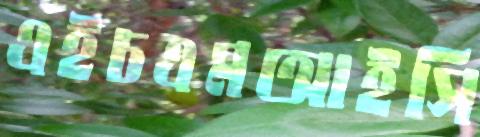
এইচএমআইসি